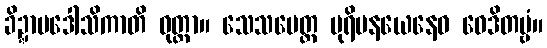
ခိဍ္ဍာပဒေါသိကာတိ ဝုတ္တာ။ သေသမေတ္ထ ပုရိမနယေနေဝ ဝေဒိတဗ္ဗံ။